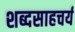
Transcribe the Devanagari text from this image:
शब्दसाहचर्य